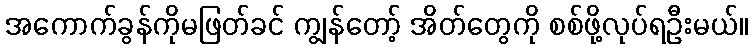
အကောက်ခွန်ကိုမဖြတ်ခင် ကျွန်တော့် အိတ်တွေကို စစ်ဖို့လုပ်ရဦးမယ်။